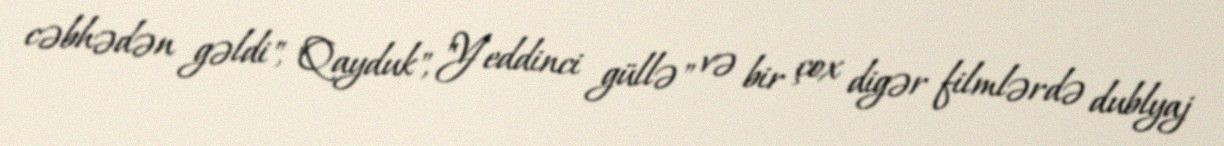
cəbhədən gəldi", "Qayduk", "Yeddinci güllə" və bir çox digər filmlərdə dublyaj